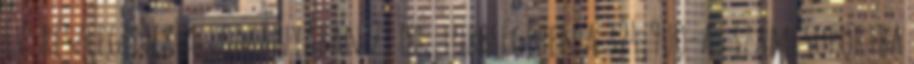
IV. részlegének állományában 29 db, többségében a 324,900-as számcsoportba